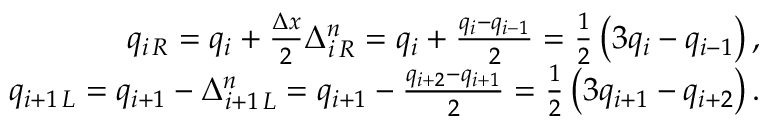
\begin{array} { r } { q _ { i \, R } = q _ { i } + \frac { \Delta x } { 2 } \Delta _ { i \, R } ^ { n } = q _ { i } + \frac { q _ { i } - q _ { i - 1 } } { 2 } = \frac { 1 } { 2 } \left( 3 q _ { i } - q _ { i - 1 } \right) , } \\ { q _ { i + 1 \, L } = q _ { i + 1 } - \Delta _ { i + 1 \, L } ^ { n } = q _ { i + 1 } - \frac { q _ { i + 2 } - q _ { i + 1 } } { 2 } = \frac { 1 } { 2 } \left( 3 q _ { i + 1 } - q _ { i + 2 } \right) . } \end{array}